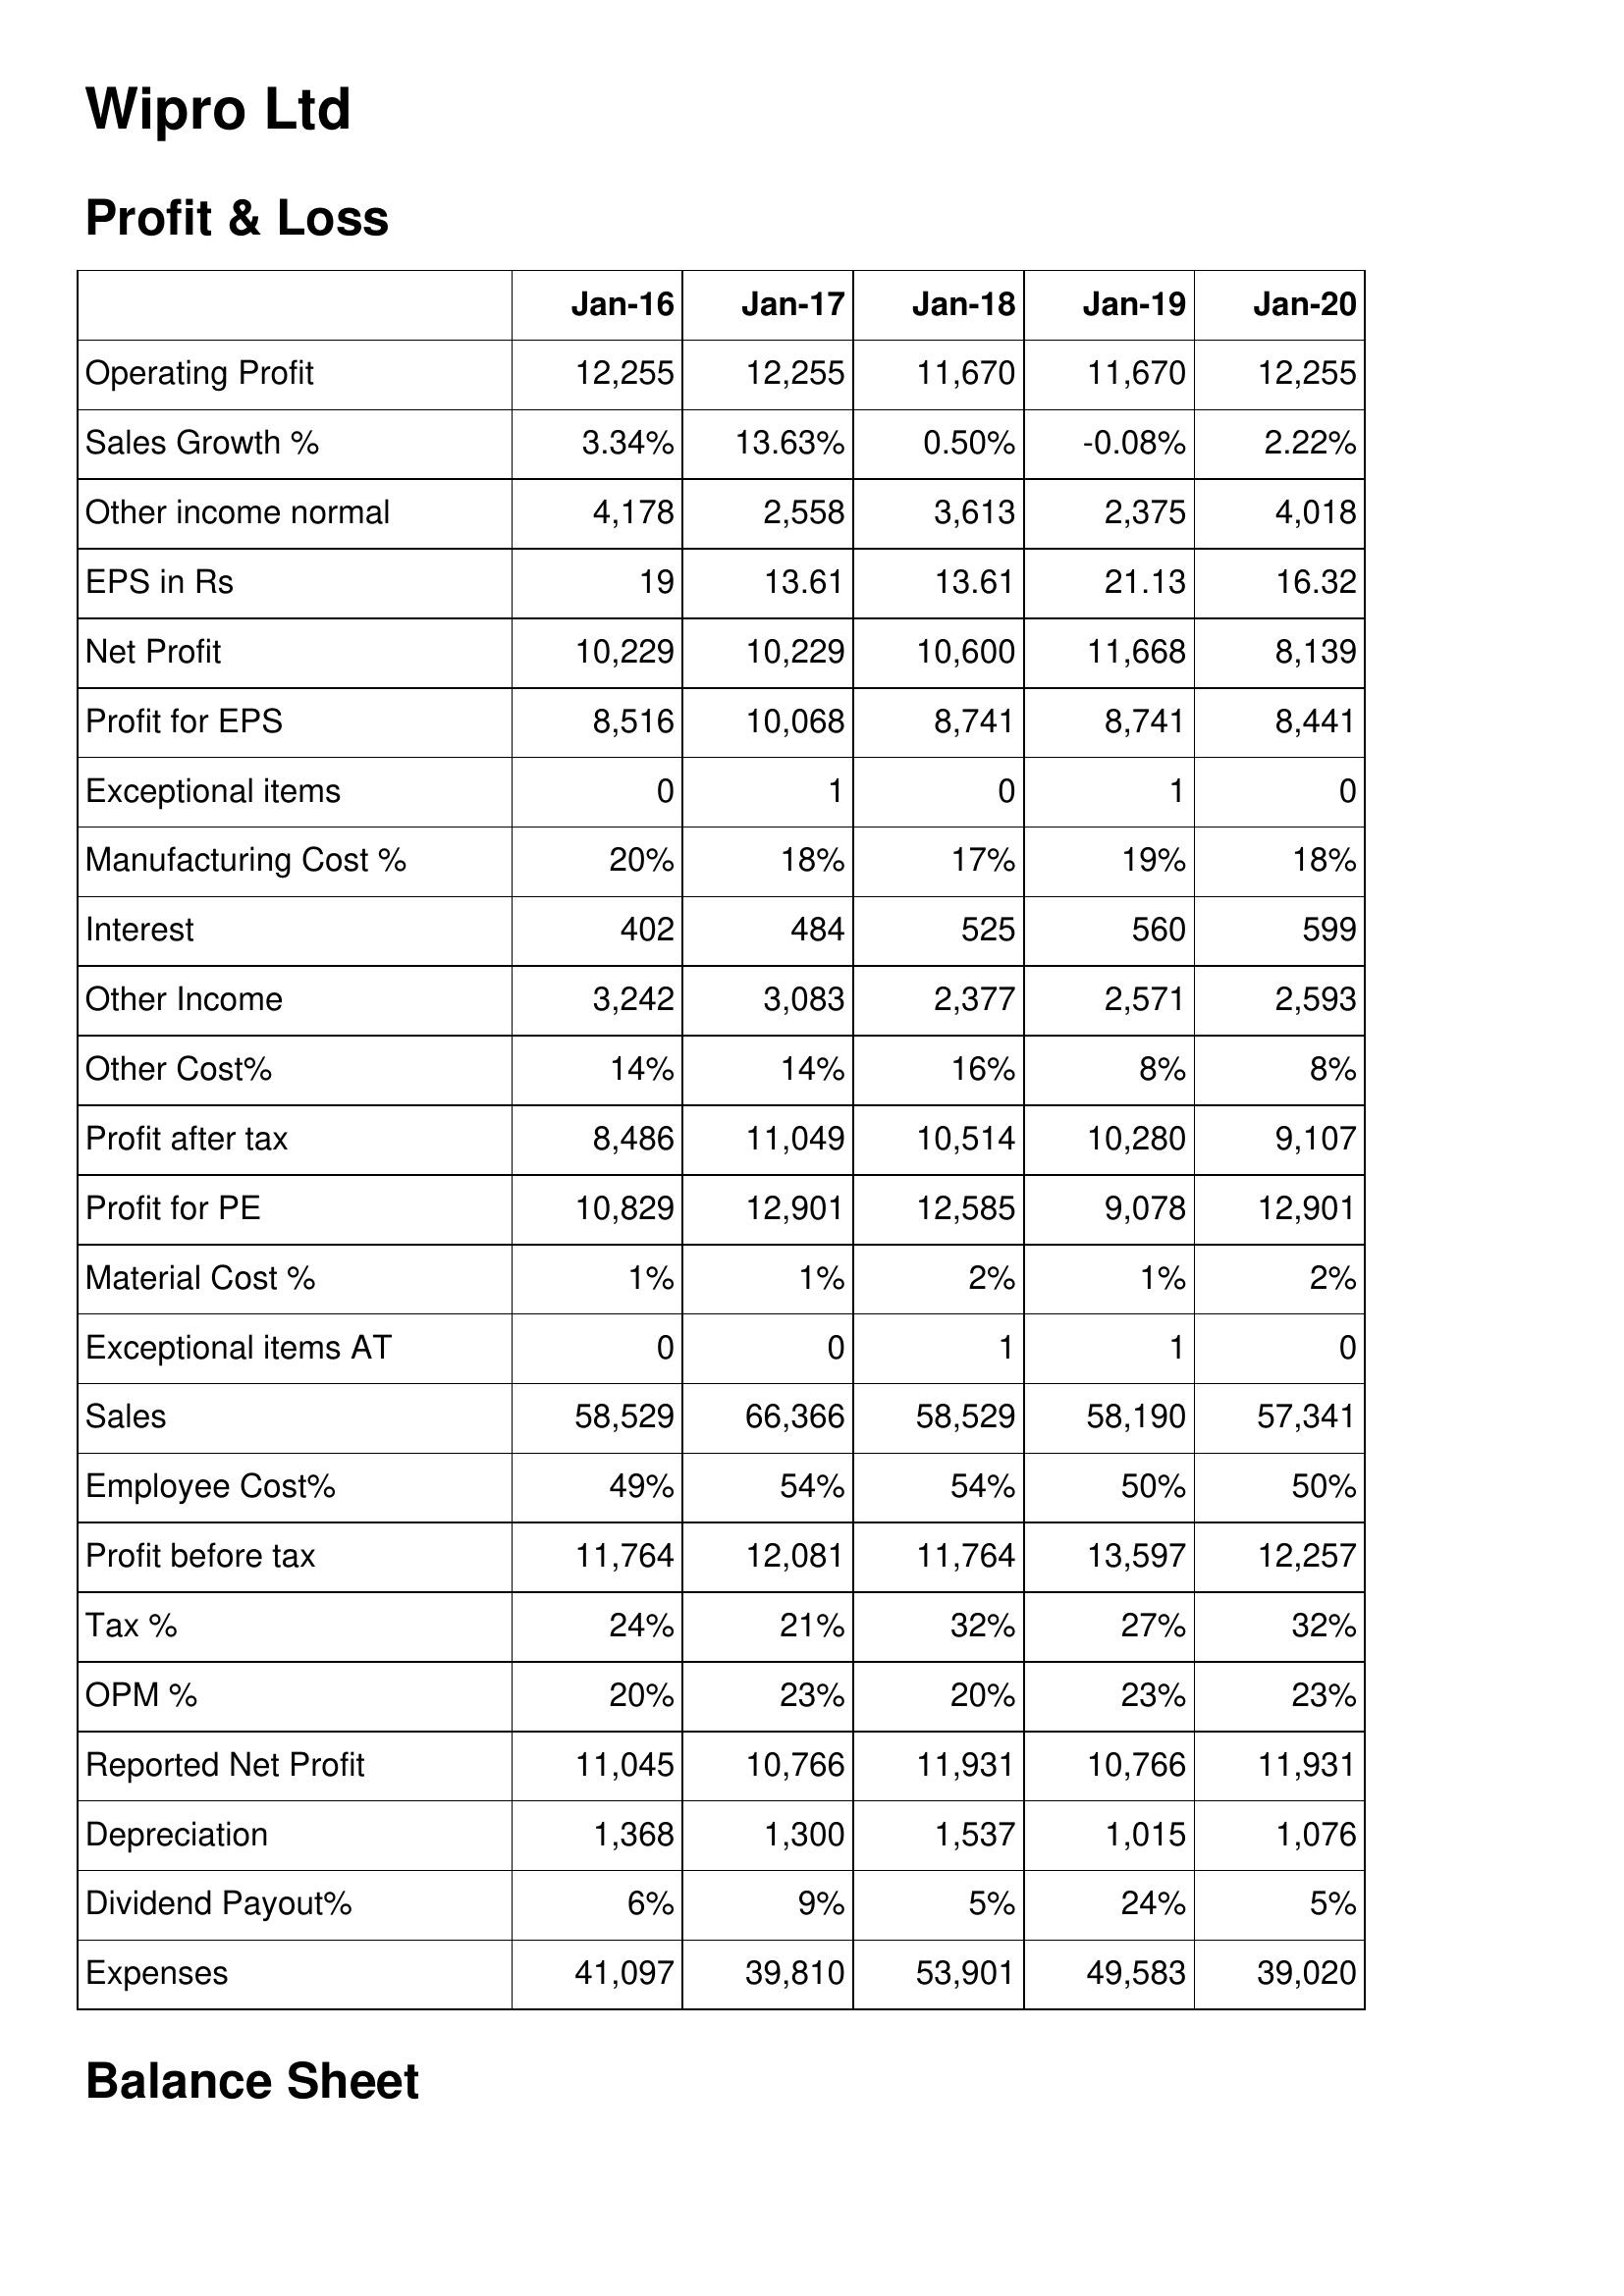
Jan-16: Profit & Loss: Operating Profit: 12,255
Sales Growth %: 3.34%
Other income normal: 4,178
EPS in Rs: 19
Net Profit: 10,229
Profit for EPS: 8,516
Exceptional items: 0
Manufacturing Cost %: 20%
Interest: 402
Other Income: 3,242
Other Cost%: 14%
Profit after tax: 8,486
Profit for PE: 10,829
Material Cost %: 1%
Exceptional items AT: 0
Sales: 58,529
Employee Cost%: 49%
Profit before tax: 11,764
Tax %: 24%
OPM %: 20%
Reported Net Profit: 11,045
Depreciation: 1,368
Dividend Payout%: 6%
Expenses: 41,097
Jan-17: Profit & Loss: Operating Profit: 12,255
Sales Growth %: 13.63%
Other income normal: 2,558
EPS in Rs: 13.61
Net Profit: 10,229
Profit for EPS: 10,068
Exceptional items: 1
Manufacturing Cost %: 18%
Interest: 484
Other Income: 3,083
Other Cost%: 14%
Profit after tax: 11,049
Profit for PE: 12,901
Material Cost %: 1%
Exceptional items AT: 0
Sales: 66,366
Employee Cost%: 54%
Profit before tax: 12,081
Tax %: 21%
OPM %: 23%
Reported Net Profit: 10,766
Depreciation: 1,300
Dividend Payout%: 9%
Expenses: 39,810
Jan-18: Profit & Loss: Operating Profit: 11,670
Sales Growth %: 0.50%
Other income normal: 3,613
EPS in Rs: 13.61
Net Profit: 10,600
Profit for EPS: 8,741
Exceptional items: 0
Manufacturing Cost %: 17%
Interest: 525
Other Income: 2,377
Other Cost%: 16%
Profit after tax: 10,514
Profit for PE: 12,585
Material Cost %: 2%
Exceptional items AT: 1
Sales: 58,529
Employee Cost%: 54%
Profit before tax: 11,764
Tax %: 32%
OPM %: 20%
Reported Net Profit: 11,931
Depreciation: 1,537
Dividend Payout%: 5%
Expenses: 53,901
Jan-19: Profit & Loss: Operating Profit: 11,670
Sales Growth %: -0.08%
Other income normal: 2,375
EPS in Rs: 21.13
Net Profit: 11,668
Profit for EPS: 8,741
Exceptional items: 1
Manufacturing Cost %: 19%
Interest: 560
Other Income: 2,571
Other Cost%: 8%
Profit after tax: 10,280
Profit for PE: 9,078
Material Cost %: 1%
Exceptional items AT: 1
Sales: 58,190
Employee Cost%: 50%
Profit before tax: 13,597
Tax %: 27%
OPM %: 23%
Reported Net Profit: 10,766
Depreciation: 1,015
Dividend Payout%: 24%
Expenses: 49,583
Jan-20: Profit & Loss: Operating Profit: 12,255
Sales Growth %: 2.22%
Other income normal: 4,018
EPS in Rs: 16.32
Net Profit: 8,139
Profit for EPS: 8,441
Exceptional items: 0
Manufacturing Cost %: 18%
Interest: 599
Other Income: 2,593
Other Cost%: 8%
Profit after tax: 9,107
Profit for PE: 12,901
Material Cost %: 2%
Exceptional items AT: 0
Sales: 57,341
Employee Cost%: 50%
Profit before tax: 12,257
Tax %: 32%
OPM %: 23%
Reported Net Profit: 11,931
Depreciation: 1,076
Dividend Payout%: 5%
Expenses: 39,020